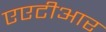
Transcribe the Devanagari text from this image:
एएटीआर